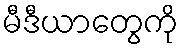
မီဒီယာတွေကို